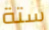
ستة